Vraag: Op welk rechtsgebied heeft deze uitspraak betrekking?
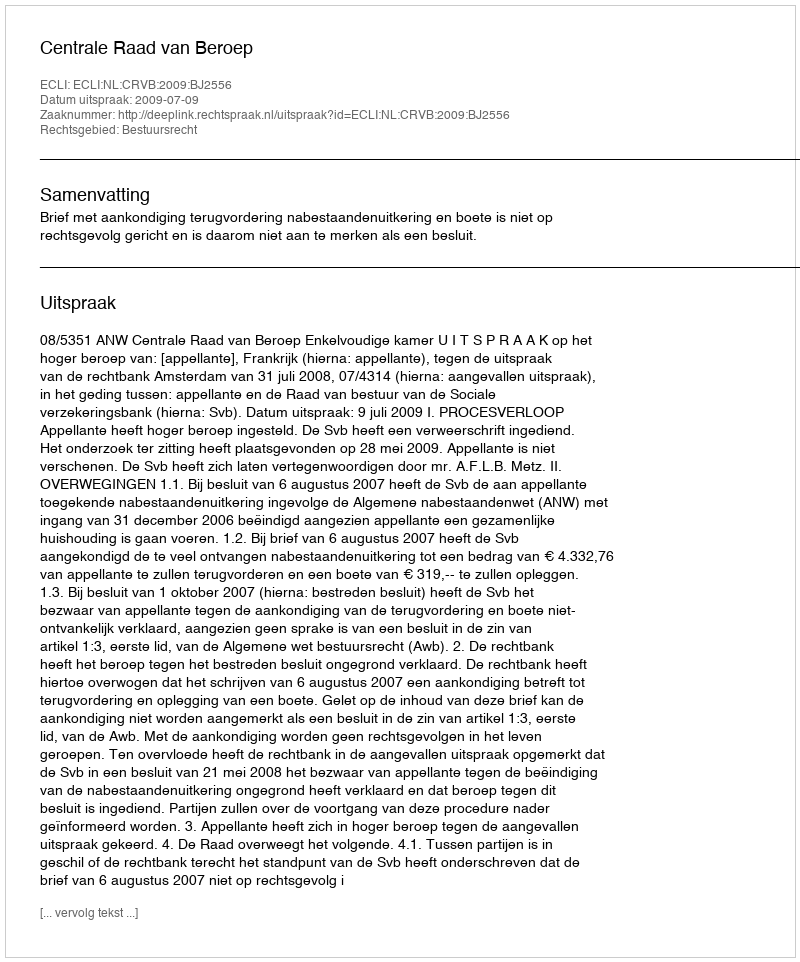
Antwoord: Bestuursrecht